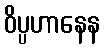
ဝိပ္ပဟာနေန